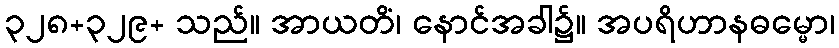
၃၂၈+၃၂၉+ သည်။ အာယတိံ၊ နောင်အခါ၌။ အပရိဟာနဓမ္မော၊